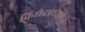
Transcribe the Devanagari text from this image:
विनोदप्रधान